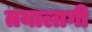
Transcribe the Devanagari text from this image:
तयालागी